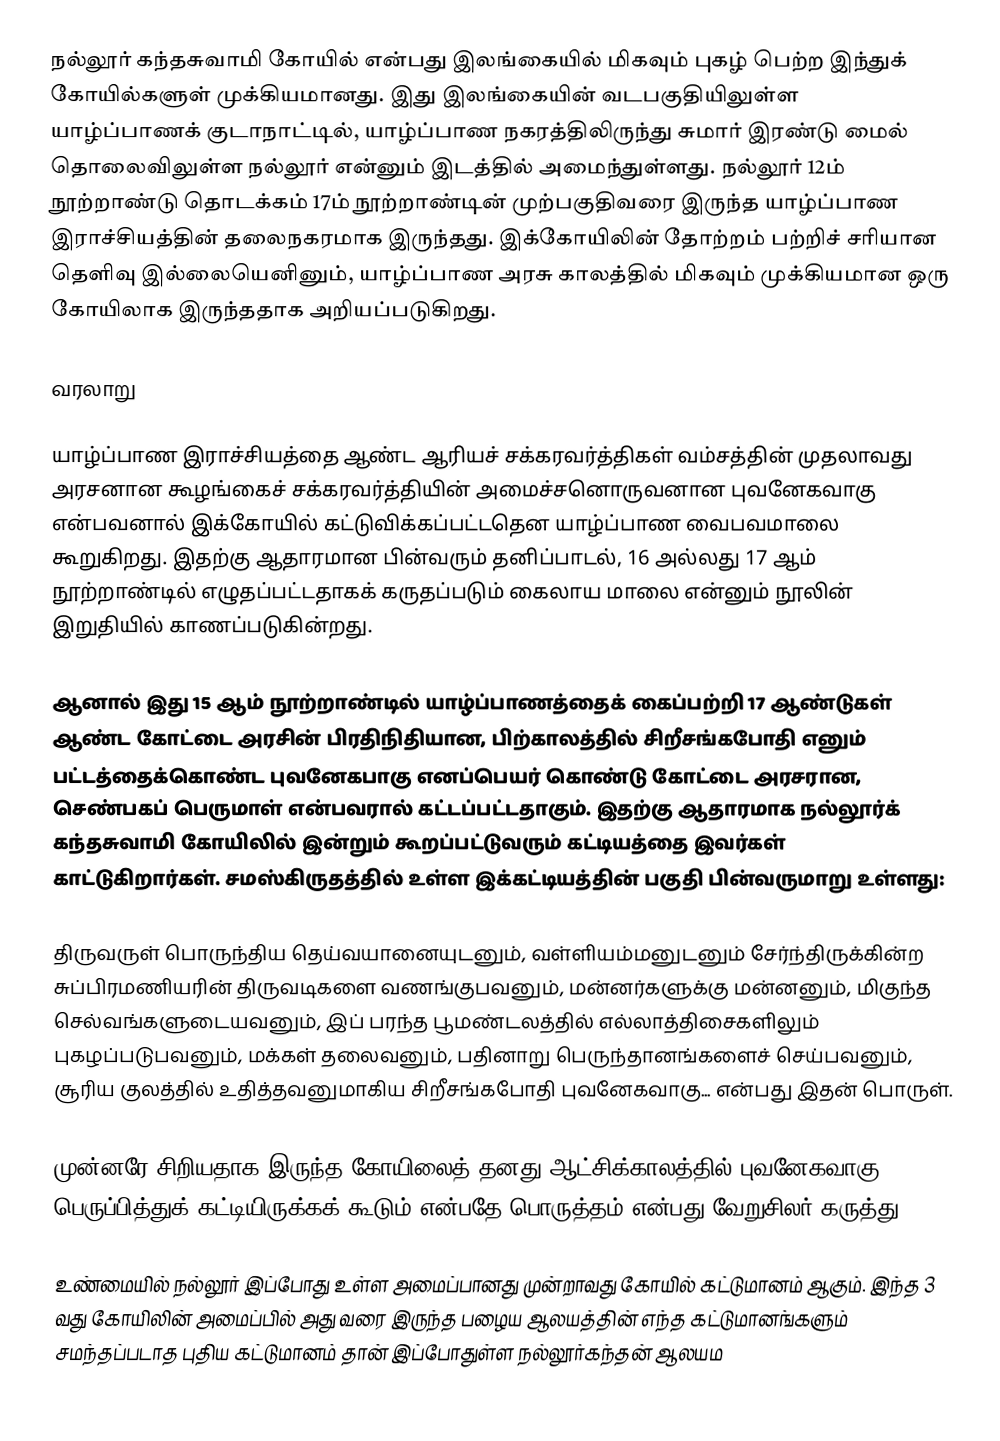
நல்லூர் கந்தசுவாமி கோயில் என்பது இலங்கையில் மிகவும் புகழ் பெற்ற இந்துக் கோயில்களுள் முக்கியமானது. இது இலங்கையின் வடபகுதியிலுள்ள யாழ்ப்பாணக் குடாநாட்டில், யாழ்ப்பாண நகரத்திலிருந்து சுமார் இரண்டு மைல் தொலைவிலுள்ள நல்லூர் என்னும் இடத்தில் அமைந்துள்ளது. நல்லூர் 12ம் நூற்றாண்டு தொடக்கம் 17ம் நூற்றாண்டின் முற்பகுதிவரை இருந்த யாழ்ப்பாண இராச்சியத்தின் தலைநகரமாக இருந்தது. இக்கோயிலின் தோற்றம் பற்றிச் சரியான தெளிவு இல்லையெனினும், யாழ்ப்பாண அரசு காலத்தில் மிகவும் முக்கியமான ஒரு கோயிலாக இருந்ததாக அறியப்படுகிறது.

வரலாறு

யாழ்ப்பாண இராச்சியத்தை ஆண்ட ஆரியச் சக்கரவர்த்திகள் வம்சத்தின் முதலாவது அரசனான கூழங்கைச் சக்கரவர்த்தியின் அமைச்சனொருவனான புவனேகவாகு என்பவனால் இக்கோயில் கட்டுவிக்கப்பட்டதென யாழ்ப்பாண வைபவமாலை கூறுகிறது. இதற்கு ஆதாரமான பின்வரும் தனிப்பாடல், 16 அல்லது 17 ஆம் நூற்றாண்டில் எழுதப்பட்டதாகக் கருதப்படும் கைலாய மாலை என்னும் நூலின் இறுதியில் காணப்படுகின்றது.

ஆனால் இது 15 ஆம் நூற்றாண்டில் யாழ்ப்பாணத்தைக் கைப்பற்றி 17 ஆண்டுகள் ஆண்ட கோட்டை அரசின் பிரதிநிதியான, பிற்காலத்தில் சிறீசங்கபோதி எனும் பட்டத்தைக்கொண்ட புவனேகபாகு எனப்பெயர் கொண்டு கோட்டை அரசரான, செண்பகப் பெருமாள் என்பவரால் கட்டப்பட்டதாகும். இதற்கு ஆதாரமாக நல்லூர்க் கந்தசுவாமி கோயிலில் இன்றும் கூறப்பட்டுவரும் கட்டியத்தை இவர்கள் காட்டுகிறார்கள். சமஸ்கிருதத்தில் உள்ள இக்கட்டியத்தின் பகுதி பின்வருமாறு உள்ளது:

திருவருள் பொருந்திய தெய்வயானையுடனும், வள்ளியம்மனுடனும் சேர்ந்திருக்கின்ற சுப்பிரமணியரின் திருவடிகளை வணங்குபவனும், மன்னர்களுக்கு மன்னனும், மிகுந்த செல்வங்களுடையவனும், இப் பரந்த பூமண்டலத்தில் எல்லாத்திசைகளிலும் புகழப்படுபவனும், மக்கள் தலைவனும், பதினாறு பெருந்தானங்களைச் செய்பவனும், சூரிய குலத்தில் உதித்தவனுமாகிய சிறீசங்கபோதி புவனேகவாகு... என்பது இதன் பொருள்.

முன்னரே சிறியதாக இருந்த கோயிலைத் தனது ஆட்சிக்காலத்தில் புவனேகவாகு பெருப்பித்துக் கட்டியிருக்கக் கூடும் என்பதே பொருத்தம் என்பது வேறுசிலர் கருத்து.

உண்மையில் நல்லூர் இப்போது உள்ள அமைப்பானது முன்றாவது கோயில் கட்டுமானம் ஆகும். இந்த 3 வது கோயிலின் அமைப்பில் அது வரை இருந்த பழைய ஆலயத்தின் எந்த கட்டுமானங்களும் சமந்தப்படாத புதிய கட்டுமானம் தான் இப்போதுள்ள நல்லூர்கந்தன் ஆலயம